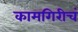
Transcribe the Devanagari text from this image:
कामगिरीचं